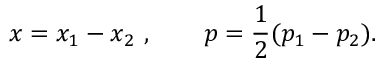
x = x _ { 1 } - x _ { 2 } \ , \qquad p = { \frac { 1 } { 2 } } ( p _ { 1 } - p _ { 2 } ) .